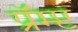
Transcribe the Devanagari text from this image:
प्रॅम्प्ट